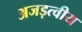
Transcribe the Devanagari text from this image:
अजड़त्वीय